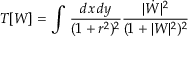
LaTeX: T [ W ] = \int \, \frac { d x \, d y } { ( 1 + r ^ { 2 } ) ^ { 2 } } \frac { | \dot { W } | ^ { 2 } } { ( 1 + | W | ^ { 2 } ) ^ { 2 } }